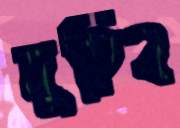
দুহিব